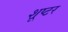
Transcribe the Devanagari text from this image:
शूप्टर